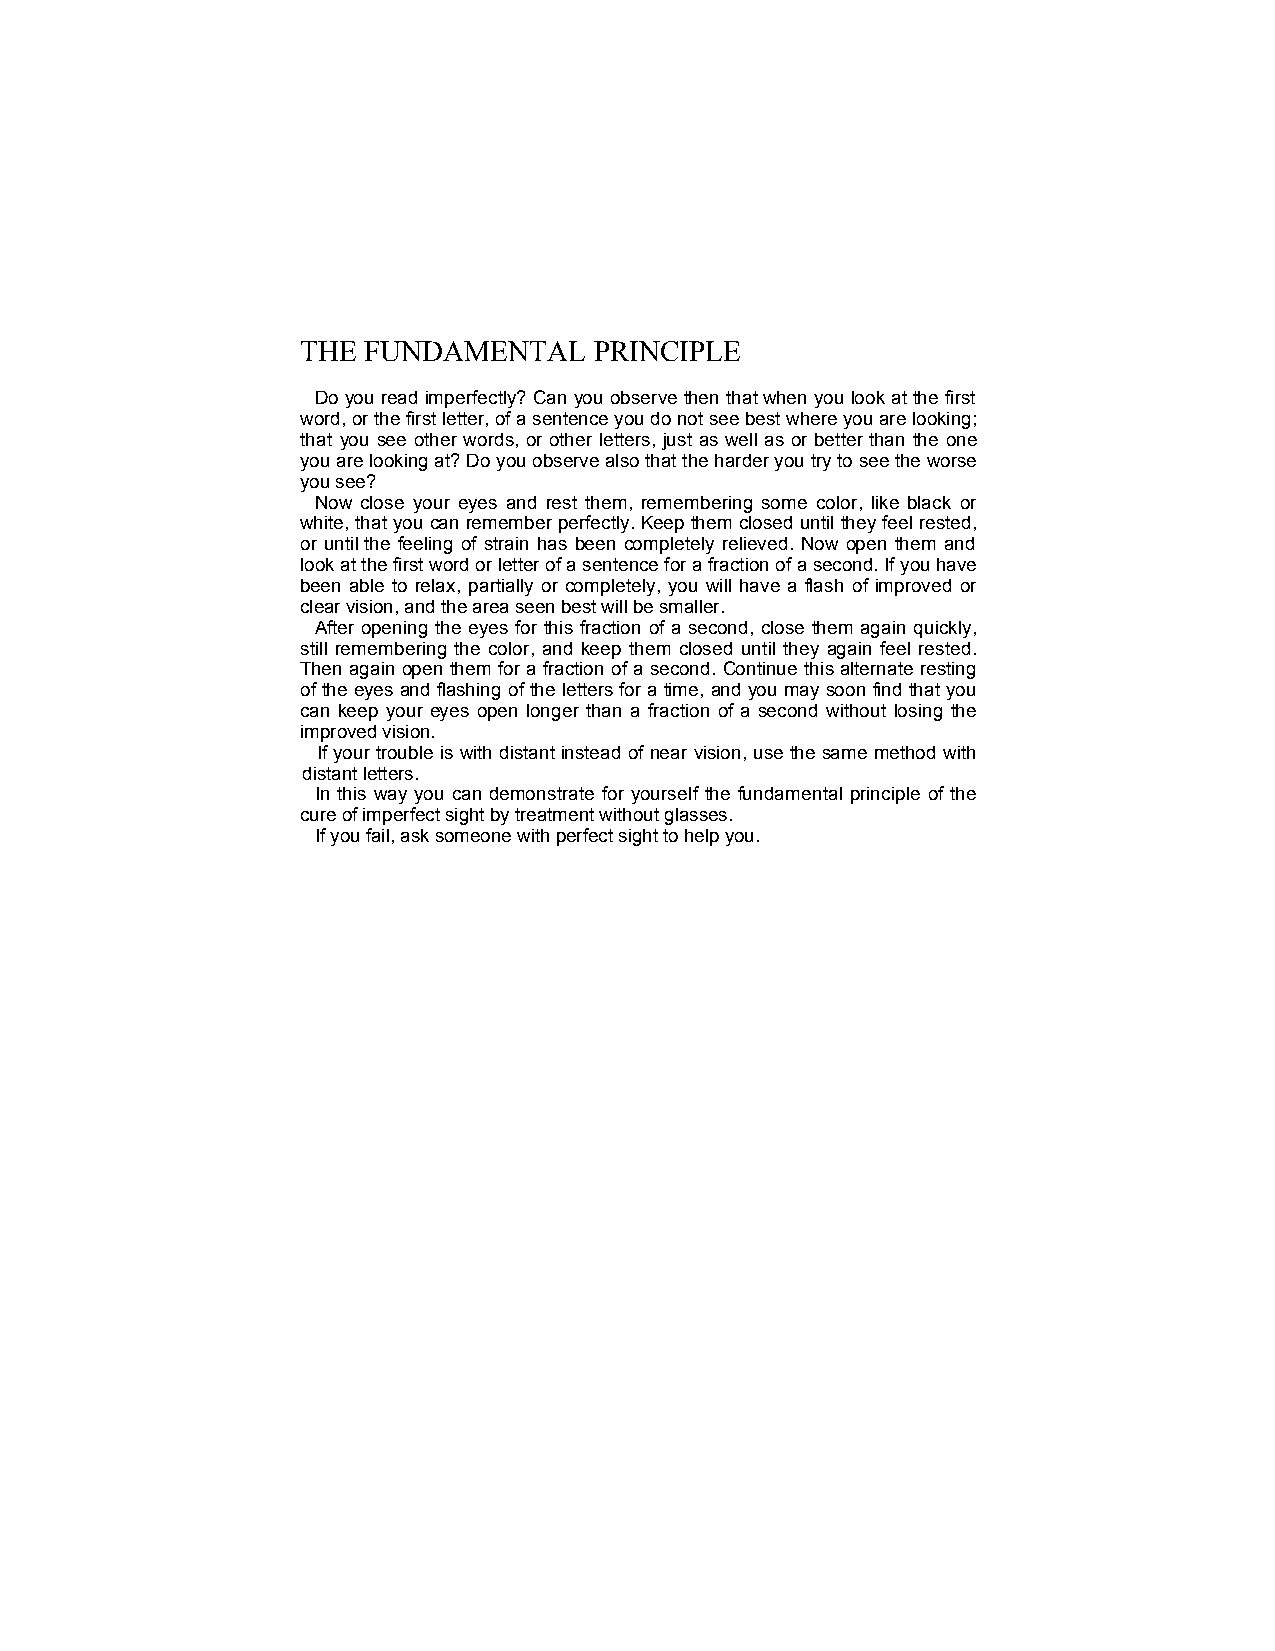
THE FUNDAMENTAL    PRINCIPLE
 Do you read imperfectly? Can you observe then that when you look at the first
 word, or the first letter, of a sentence you do not see best where you are looking;
 that you see other words, or other letters, just as well as or better than the one
 you are looking at? Do you observe also that the harder you try to see the worse
 you see?
 Now close your eyes and rest them, remembering some color, like black or
 white, that you can remember perfectly. Keep them closed until they feel rested,
 or until the feeling of strain has been completely relieved. Now open them and
 look at the first word or letter of a sentence for a fraction of a second. If you have
 been able to relax, partially or completely, you will have a flash of improved or
 clear vision, and the area seen best will be smaller.
 After opening the eyes for this fraction of a second, close them again quickly,
 still remembering the color, and keep them closed until they again feel rested.
 Then again open them for a fraction of a second. Continue this alternate resting
 of the eyes and flashing of the letters for a time, and you may soon find that you
 can keep your eyes open longer than a fraction of a second without losing the
 improved vision.
 If your trouble is with distant instead of near vision, use the same method with
 distant letters.
 In this way you can demonstrate for yourself the fundamental principle of the
 cure of imperfect sight by treatment without glasses.
 If you fail, ask someone with perfect sight to help you.